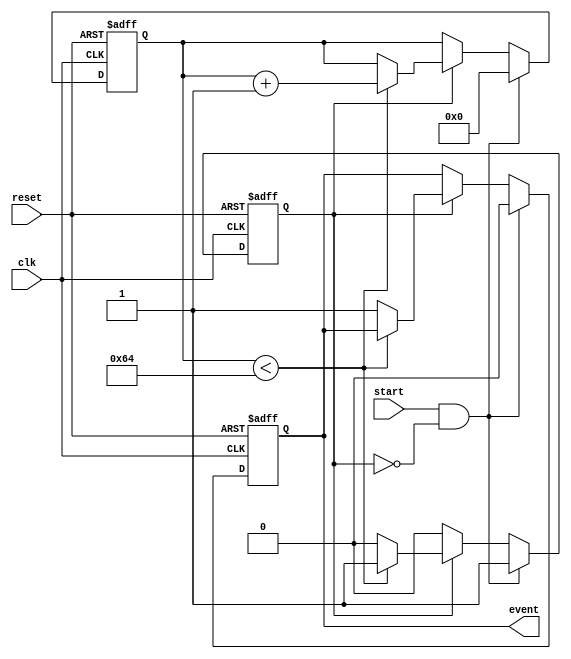
module timer_event_control #(
    parameter TIME_INTERVAL = 100 // Time interval in simulation time units
)(
    input wire clk,                // Clock signal
    input wire start,              // Start signal
    input wire reset,              // Reset signal
    output reg event               // Event signal
);

    reg [31:0] counter;            // Counter to track elapsed time
    reg counting;                  // State to indicate if the timer is counting

    // Sequential logic for timer control
    always @(posedge clk or posedge reset) begin
        if (reset) begin
            counter <= 0;          // Reset counter
            event <= 0;           // Clear event signal
            counting <= 0;         // Stop counting
        end else if (start && !counting) begin
            counter <= 0;          // Start counting from zero
            counting <= 1;         // Set counting state
            event <= 0;           // Clear event signal
        end else if (counting) begin
            if (counter < TIME_INTERVAL) begin
                counter <= counter + 1; // Increment counter
            end else begin
                event <= 1;         // Assert event signal
                counting <= 0;      // Stop counting
            end
        end
    end

    // Optional: Logic to clear event signal after a defined duration
    // Uncomment the following block if needed
    /*
    always @(posedge clk) begin
        if (event) begin
            // Add logic to clear event after a certain duration if required
            // For example, you could use a separate counter to manage this
        end
    end
    */

endmodule